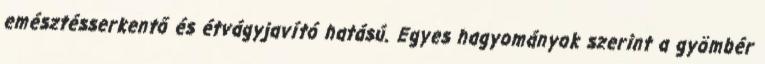
emésztésserkentő és étvágyjavító hatású. Egyes hagyományok szerint a gyömbér